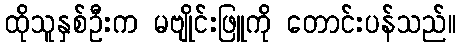
ထိုသူနှစ်ဦးက မဗျိုင်းဖြူကို တောင်းပန်သည်။